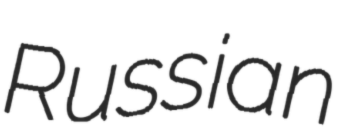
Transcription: Russian